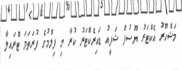
މަޝްހޫރު އެކްޓަރު ޔޫސުފް ޝަފީއު ޑައިރެކްޓަރު ކުރާ މި ފިލްމުގެ ފުރަތަމަ ޓްރައިލާ